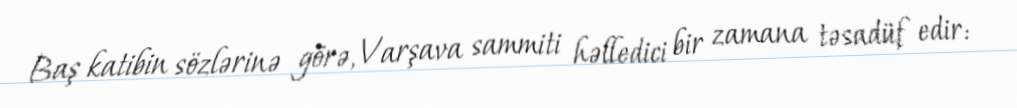
Baş katibin sözlərinə görə, Varşava sammiti həlledici bir zamana təsadüf edir: